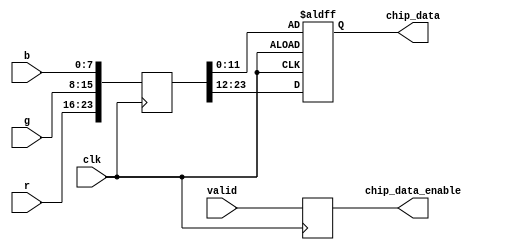
/*******************************************************************************
* Module: chip_data_parser.v
* Project: EE108A DVI
* Description: Module to drive the data output from RGB data.
* 
* Updated: 2012/02/12
*******************************************************************************/

module chip_data_parser(
    input clk,
    input [7:0] r,
    input [7:0] g,
    input [7:0] b,
    input valid,

    output reg [11:0] chip_data,
    output reg chip_data_enable
);

    reg [23:0] pixel;
    always @(posedge clk) begin
        pixel <= {r, g, b};
        chip_data_enable <= valid;
    end

    /* Double-pumped flip-flop */
    always @(posedge clk or negedge clk)
        if (clk)
            chip_data <= pixel[11:0];
        else
            chip_data <= pixel[23:12];

endmodule